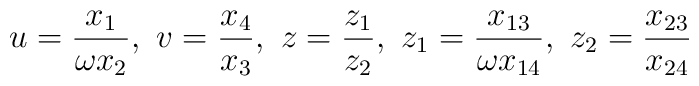
u=\frac{x_1}{\omega x_2},~ v=\frac{x_4}{x_3},~z=\frac{z_1}{z_2},~z_1=\frac{x_{13}}{\omega x_{14}},~z_2=\frac{x_{23}}{x_{24}}